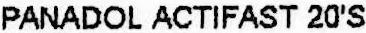
PANADOL ACTIFAST 20'S